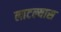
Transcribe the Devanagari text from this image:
लाटल्यास